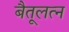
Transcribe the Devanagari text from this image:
बैतूलत्न